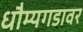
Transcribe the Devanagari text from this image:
धौम्यगडावर